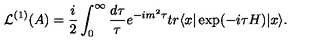
{ \cal L } ^ { ( 1 ) } ( A ) = \frac { i } { 2 } \int _ { 0 } ^ { \infty } \frac { d \tau } { \tau } e ^ { - i m ^ { 2 } \tau } t r \langle x | \exp ( - i \tau H ) | x \rangle .